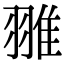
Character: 𦑏